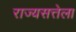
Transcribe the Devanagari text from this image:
राज्यसत्तेला